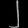
Digit: ၂